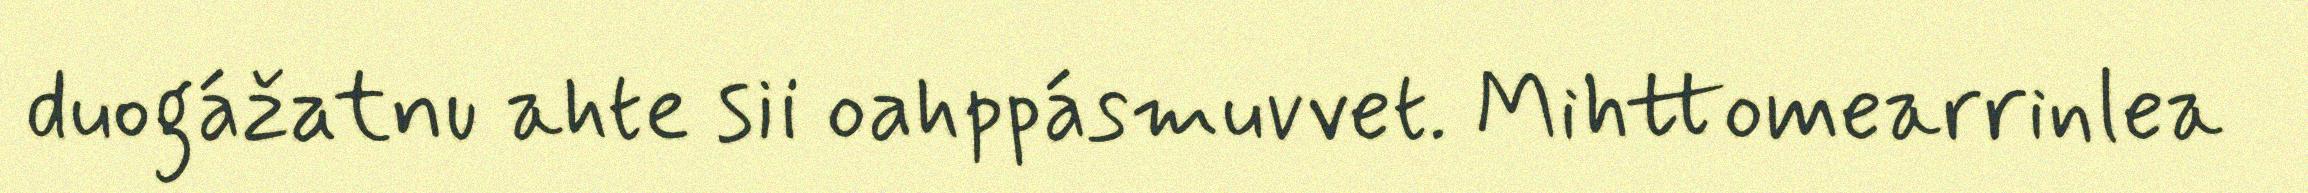
duogážatnu ahte sii oahppásmuvvet. Mihttomearrinlea